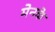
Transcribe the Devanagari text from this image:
मेनके